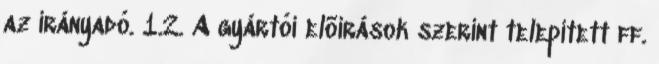
az irányadó. 1.2. A gyártói elõírások szerint telepített ff.